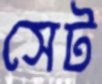
সেট